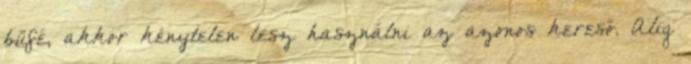
büfé, akkor kénytelen lesz használni az azonos kereső. Alig